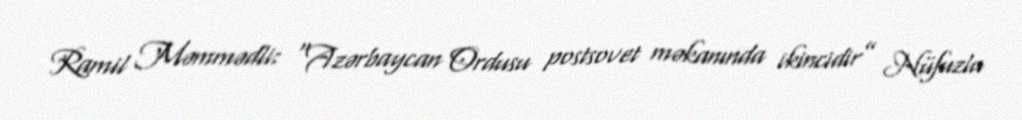
Ramil Məmmədli: “Azərbaycan Ordusu postsovet məkanında ikincidir” Nüfuzlu